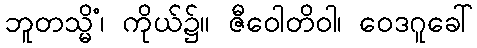
ဘူတသ္မိံ၊ ကိုယ်၌။ ဇီဝေါတိဝါ၊ ဝေဒဂူခေါ်